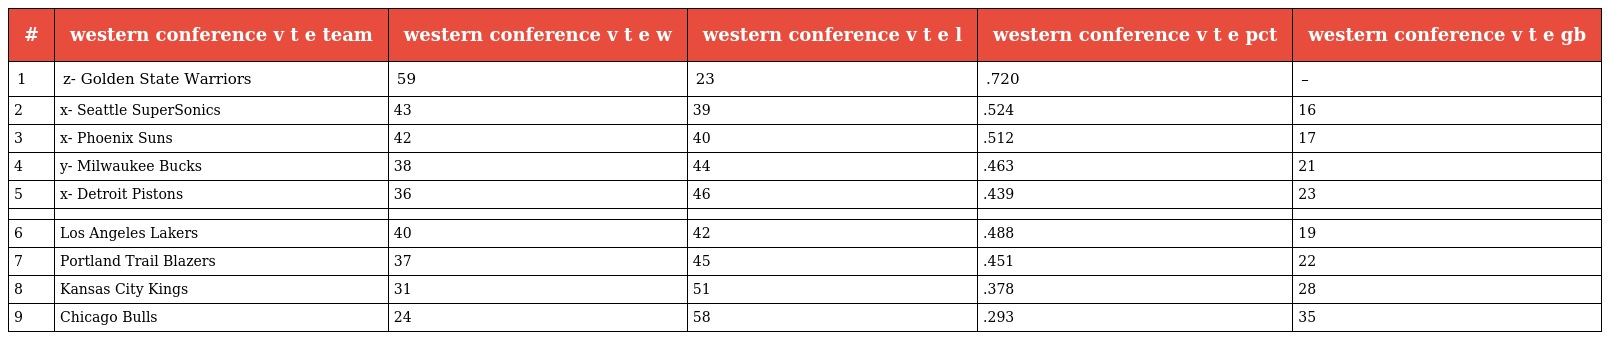
| # | western conference v t e team | western conference v t e w | western conference v t e l | western conference v t e pct | western conference v t e gb |
 | --- | --- | --- | --- | --- | --- |
 | 1 | z- Golden State Warriors | 59 | 23 | .720 | – |
 | 2 | x- Seattle SuperSonics | 43 | 39 | .524 | 16 |
 | 3 | x- Phoenix Suns | 42 | 40 | .512 | 17 |
 | 4 | y- Milwaukee Bucks | 38 | 44 | .463 | 21 |
 | 5 | x- Detroit Pistons | 36 | 46 | .439 | 23 |
 |  |  |  |  |  |  |
 | 6 | Los Angeles Lakers | 40 | 42 | .488 | 19 |
 | 7 | Portland Trail Blazers | 37 | 45 | .451 | 22 |
 | 8 | Kansas City Kings | 31 | 51 | .378 | 28 |
 | 9 | Chicago Bulls | 24 | 58 | .293 | 35 |